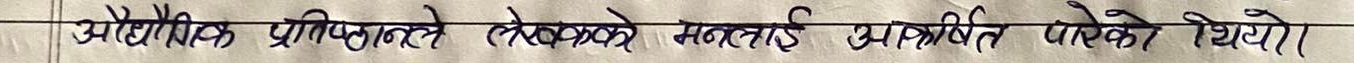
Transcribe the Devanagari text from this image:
अजैविक प्रतिफलले लेखकको मनलाई प्रभावित पारेको थियो।